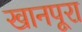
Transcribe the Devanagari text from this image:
खानपूरा